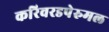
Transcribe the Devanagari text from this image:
करिवरडपेरुमल